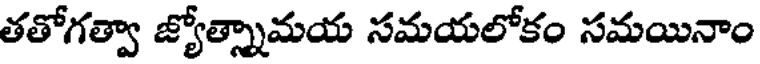
తతోగత్వా జ్యోత్స్నామయ సమయలోకం సమయినాం